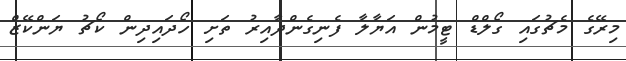
މިރޭގެ މެޗުގައި ގޯލްޑް ޓީމުން އަޔާލާ ފެނިގެންދާއިރު ތަށި ހޯދައިދިން ކޯޗު ޔަންކޭޒް